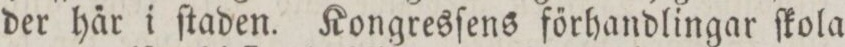
der här i ſtaden. Kongresſens förhandlingar ſkola